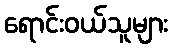
ရောင်းဝယ်သူများ